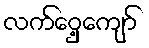
လက်ဝှေ့ကျော်